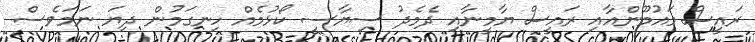
ރައީސް މައުމޫންއާއި ރައީސް ޔާމީނާއި ދެމެދު ސިޔާސީ ކޯޅުމެއް ހިނގަމުން ދިޔަ ނަމަވެސް